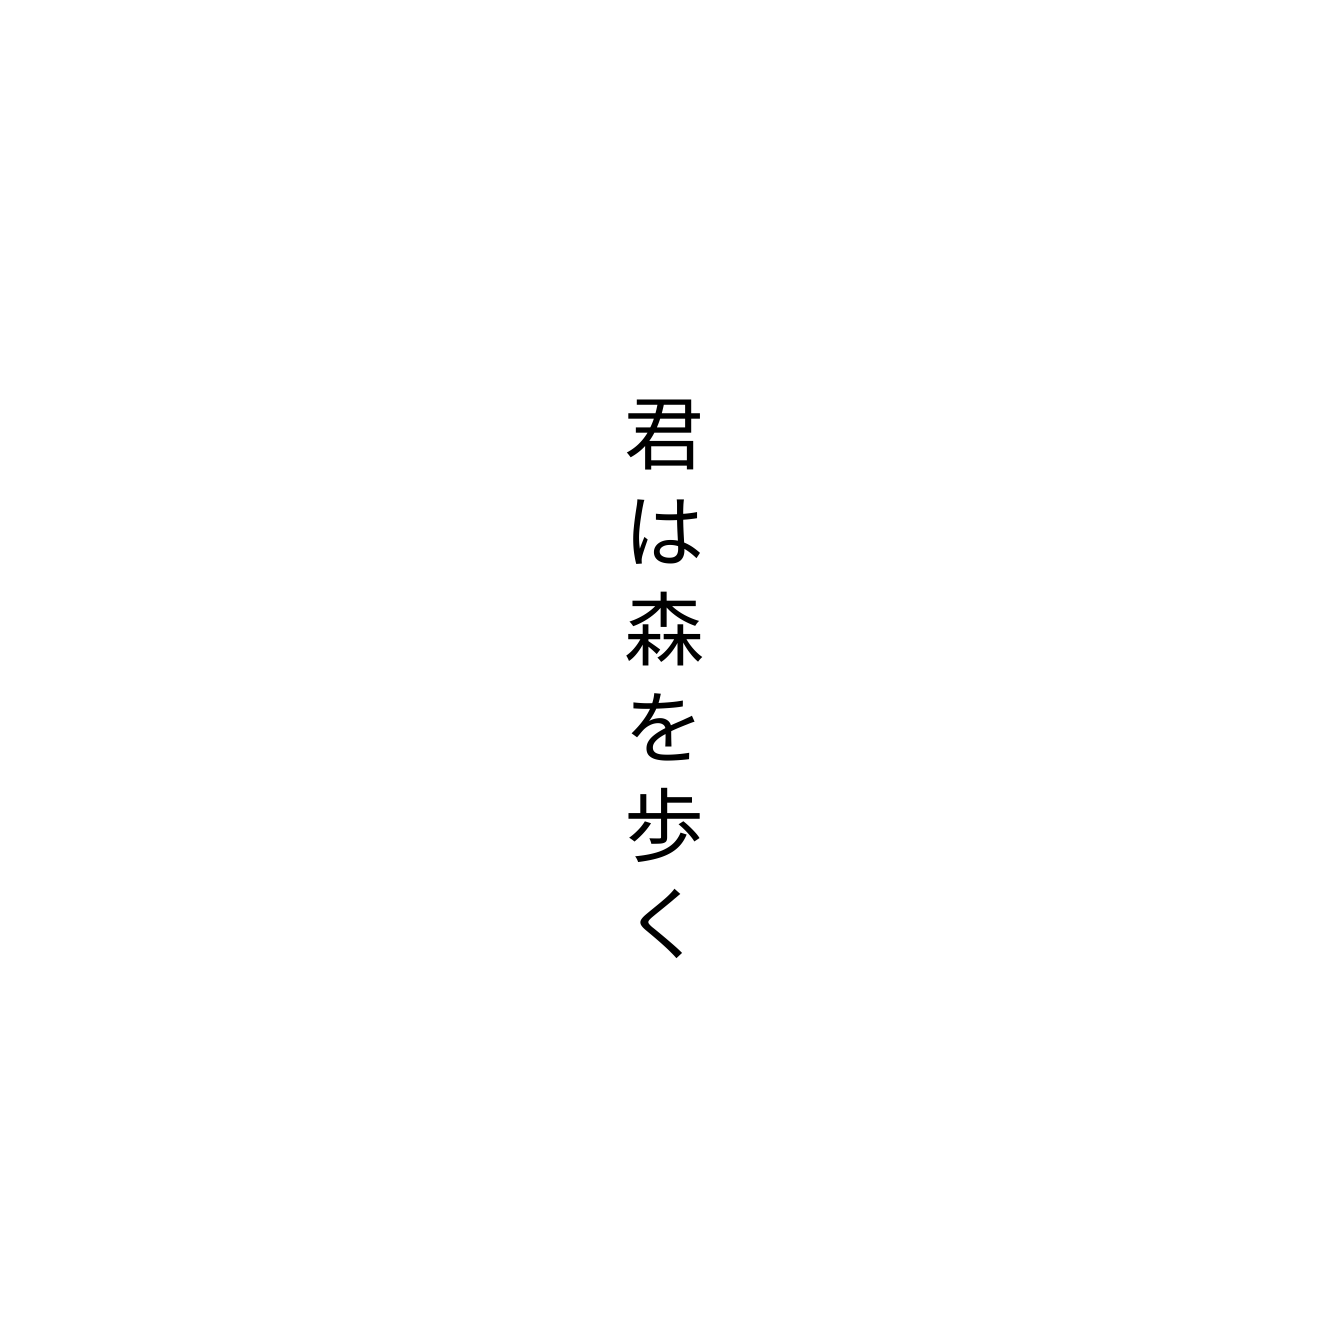
君は森を歩く